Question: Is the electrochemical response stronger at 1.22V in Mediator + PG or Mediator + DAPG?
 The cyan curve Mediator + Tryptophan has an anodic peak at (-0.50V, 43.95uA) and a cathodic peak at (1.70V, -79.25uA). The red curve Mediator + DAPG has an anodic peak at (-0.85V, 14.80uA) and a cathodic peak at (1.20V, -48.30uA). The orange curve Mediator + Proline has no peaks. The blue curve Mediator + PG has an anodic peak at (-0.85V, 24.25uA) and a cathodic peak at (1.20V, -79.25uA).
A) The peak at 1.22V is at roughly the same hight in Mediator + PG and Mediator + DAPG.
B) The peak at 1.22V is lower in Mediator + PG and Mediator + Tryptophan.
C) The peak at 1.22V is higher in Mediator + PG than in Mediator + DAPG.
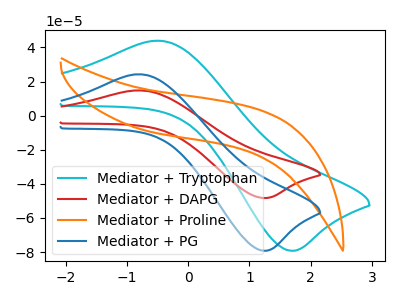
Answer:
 <answer>C) The peak at 1.22V is higher in "Mediator + PG" than in "Mediator + DAPG".</answer>
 <eval>C</eval>